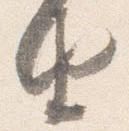
由